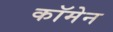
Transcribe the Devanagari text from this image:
कॉमेन